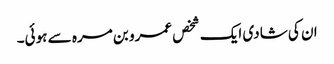
ان کی شادی ایک شخص عمرو بن مرہ سے ہوئی۔